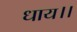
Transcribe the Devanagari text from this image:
धाय।।